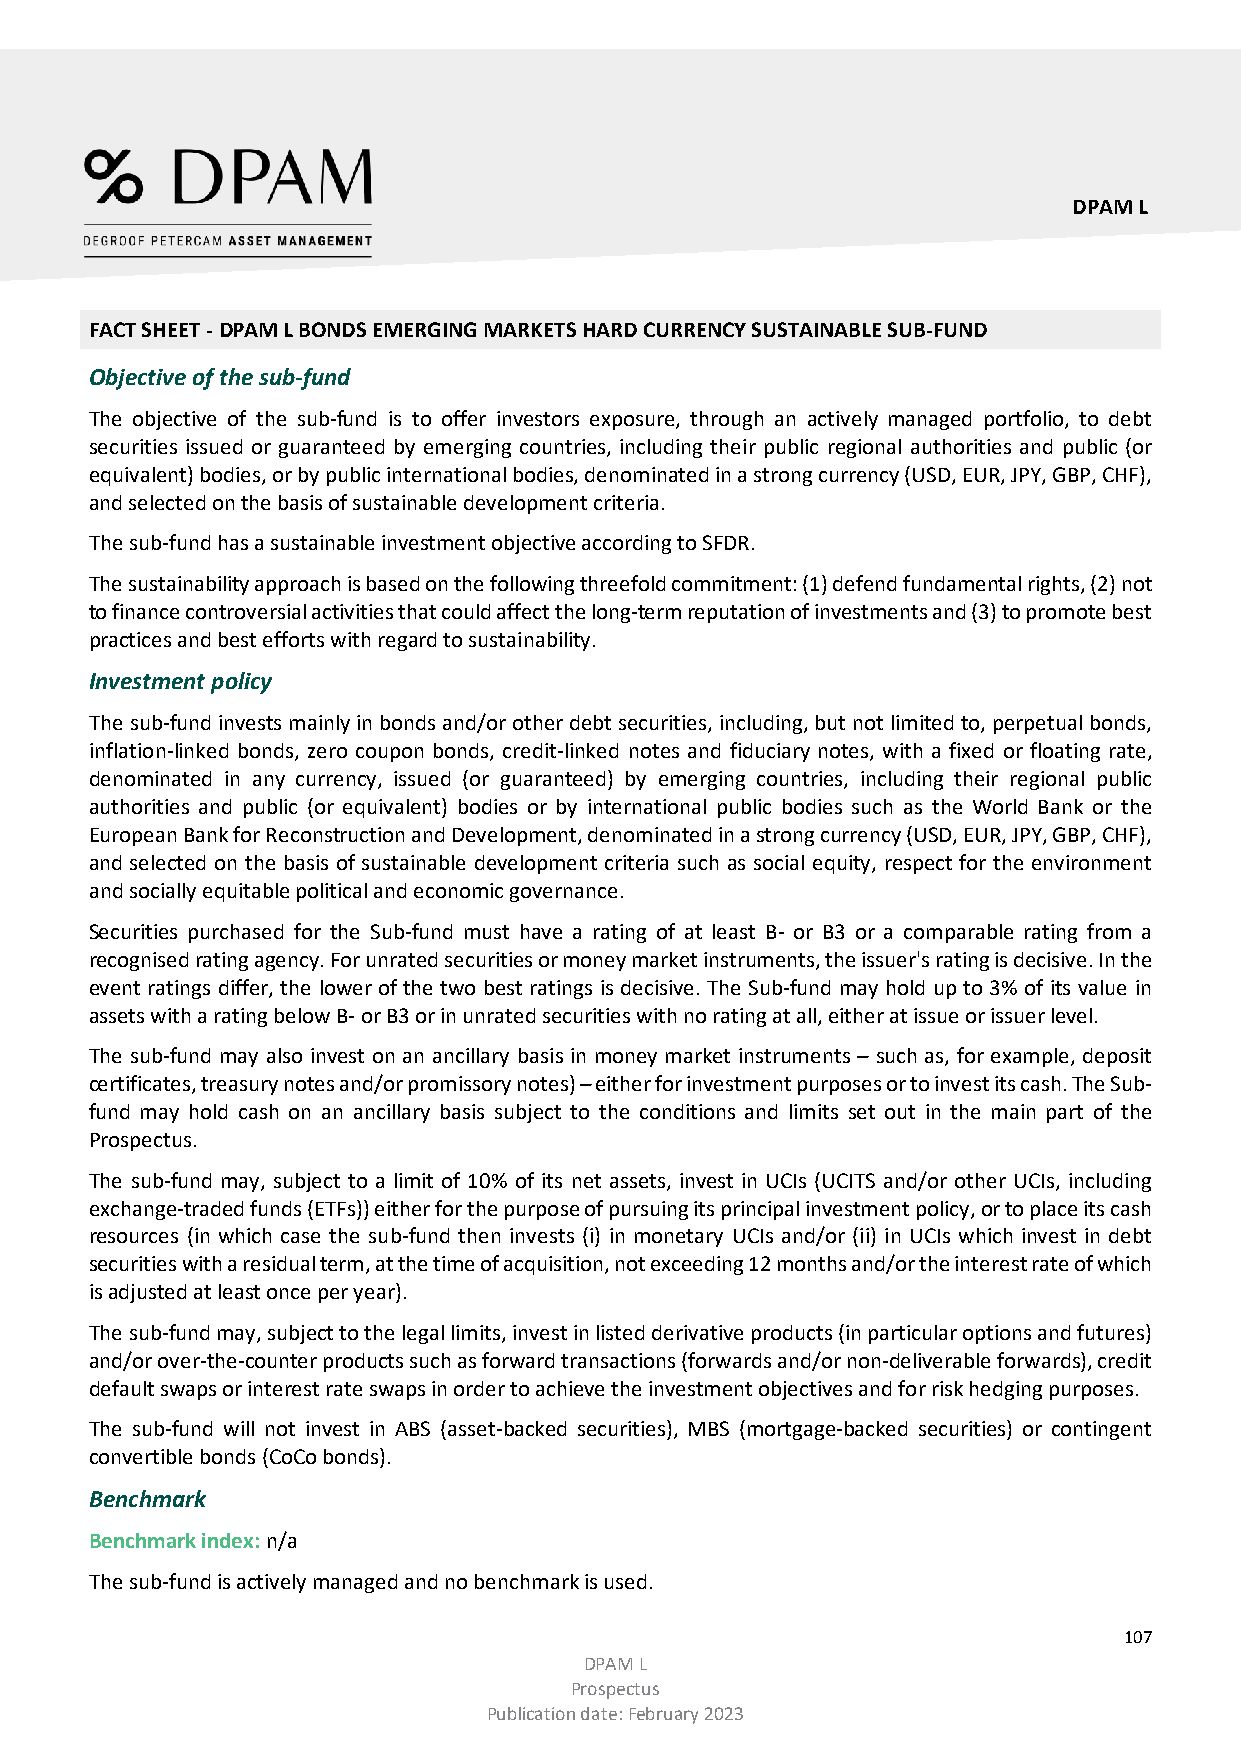
DPAM L
 FACT SHEET - DPAM L BONDS EMERGING MARKETS HARD CURRENCY SUSTAINABLE SUB-FUND
 Objective of the sub-fund
 The objective of the sub-fund is to offer investors exposure, through an actively managed portfolio, to debt
 securities issued or guaranteed by emerging countries, including their public regional authorities and public (or
 equivalent) bodies, or by public international bodies, denominated in a strong currency (USD, EUR, JPY, GBP, CHF),
 and selected on the basis of sustainable development criteria.
 The sub-fund has a sustainable investment objective according to SFDR.
 The sustainability approach is based on the following threefold commitment: (1) defend fundamental rights, (2) not
 to finance controversial activities that could affect the long-term reputation of investments and (3) to promote best
 practices and best efforts with regard to sustainability.
 Investment policy
 The sub-fund invests mainly in bonds and/or other debt securities, including, but not limited to, perpetual bonds,
 inflation-linked bonds, zero coupon bonds, credit-linked notes and fiduciary notes, with a fixed or floating rate,
 denominated in any currency, issued (or guaranteed) by emerging countries, including their regional public
 authorities and public (or equivalent) bodies or by international public bodies such as the World Bank or the
 European Bank for Reconstruction and Development, denominated in a strong currency (USD, EUR, JPY, GBP, CHF),
 and selected on the basis of sustainable development criteria such as social equity, respect for the environment
 and socially equitable political and economic governance.
 Securities purchased for the Sub-fund must have a rating of at least B- or B3 or a comparable rating from a
 recognised rating agency. For unrated securities or money market instruments, the issuer's rating is decisive. In the
 event ratings differ, the lower of the two best ratings is decisive. The Sub-fund may hold up to 3% of its value in
 assets with a rating below B- or B3 or in unrated securities with no rating at all, either at issue or issuer level.
 The sub-fund may also invest on an ancillary basis in money market instruments – such as, for example, deposit
 certificates, treasury notes and/or promissory notes) – either for investment purposes or to invest its cash. The Sub-
 fund may hold cash on an ancillary basis subject to the conditions and limits set out in the main part of the
 Prospectus.
 The sub-fund may, subject to a limit of 10% of its net assets, invest in UCIs (UCITS and/or other UCIs, including
 exchange-traded funds (ETFs)) either for the purpose of pursuing its principal investment policy, or to place its cash
 resources (in which case the sub-fund then invests (i) in monetary UCIs and/or (ii) in UCIs which invest in debt
 securities with a residual term, at the time of acquisition, not exceeding 12 months and/or the interest rate of which
 is adjusted at least once per year).
 The sub-fund may, subject to the legal limits, invest in listed derivative products (in particular options and futures)
 and/or over-the-counter products such as forward transactions (forwards and/or non-deliverable forwards), credit
 default swaps or interest rate swaps in order to achieve the investment objectives and for risk hedging purposes.
 The sub-fund will not invest in ABS (asset-backed securities), MBS (mortgage-backed securities) or contingent
 convertible bonds (CoCo bonds).
 Benchmark
 Benchmark index: n/a
 The sub-fund is actively managed and no benchmark is used.
 107
 DPAM L
 Prospectus
 Publication date: February 2023